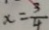
x = \frac { 3 } { 4 }